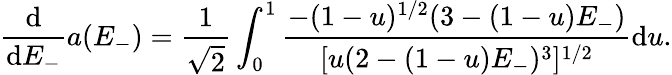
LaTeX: \frac{\mathrm{d}}{\mathrm{d}E_{-}}a(E_{-})=\frac{1}{\sqrt{2}}\int_{0}^{1}\frac{-(1-u)^{1/2}(3-(1-u)E_{-})}{[u(2-(1-u)E_{-})^{3}]^{1/2}}\mathrm{d}u.